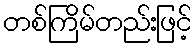
တစ်ကြိမ်တည်းဖြင့်